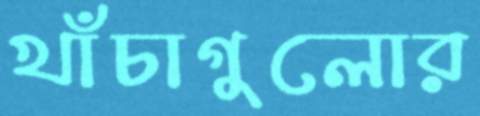
খাঁচাগুলোর